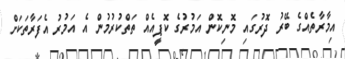
އިމާރާތެއްގެ ބޭރު ދޮރުގައި މޮނިކޮން އަމުރުގެ ކޮޕީއެއް ތަތްކުރުމުން އެ އަމުރު އެފަރާތަކަށް